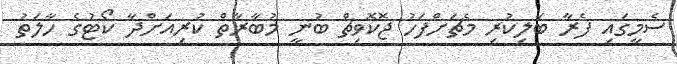
ސެމީގައި ފެރާ ބަލިކުރި މެޗަށްފަހު ޖޮކޮވިޗް ބުނީ މުބާރާތް ކުރިއަށްދާ ކޯޓުގެ ހާލަތު